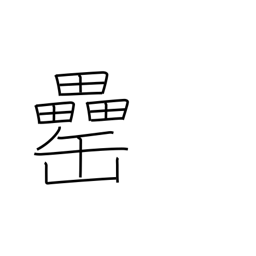
Meaning: liquor jar